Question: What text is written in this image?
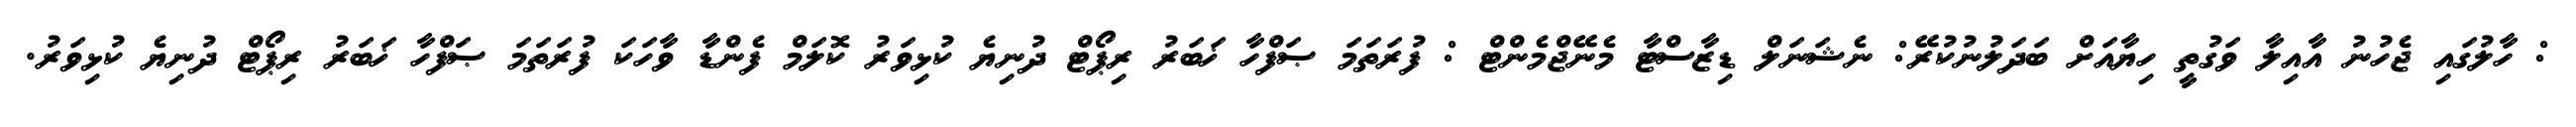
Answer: : ހާލުގައި ޖެހުނު އާއިލާ ވަގުތީ ހިޔާއަށް ބަދަލުނުކުރޭ: ނެޝަނަލް ޑިޒާސްޓާ މެނޭޖްމެންޓް : ފުރަތަމަ ޞަފްހާ ޚަބަރު ރިޕޯޓް ދުނިޔެ ކުޅިވަރު ކޮލަމް ފެންޑާ ވާހަކަ ފުރަތަމަ ޞަފްހާ ޚަބަރު ރިޕޯޓް ދުނިޔެ ކުޅިވަރު.